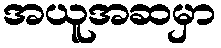
အယူအဆမှာ